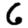
Digit: 6